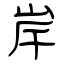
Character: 岸